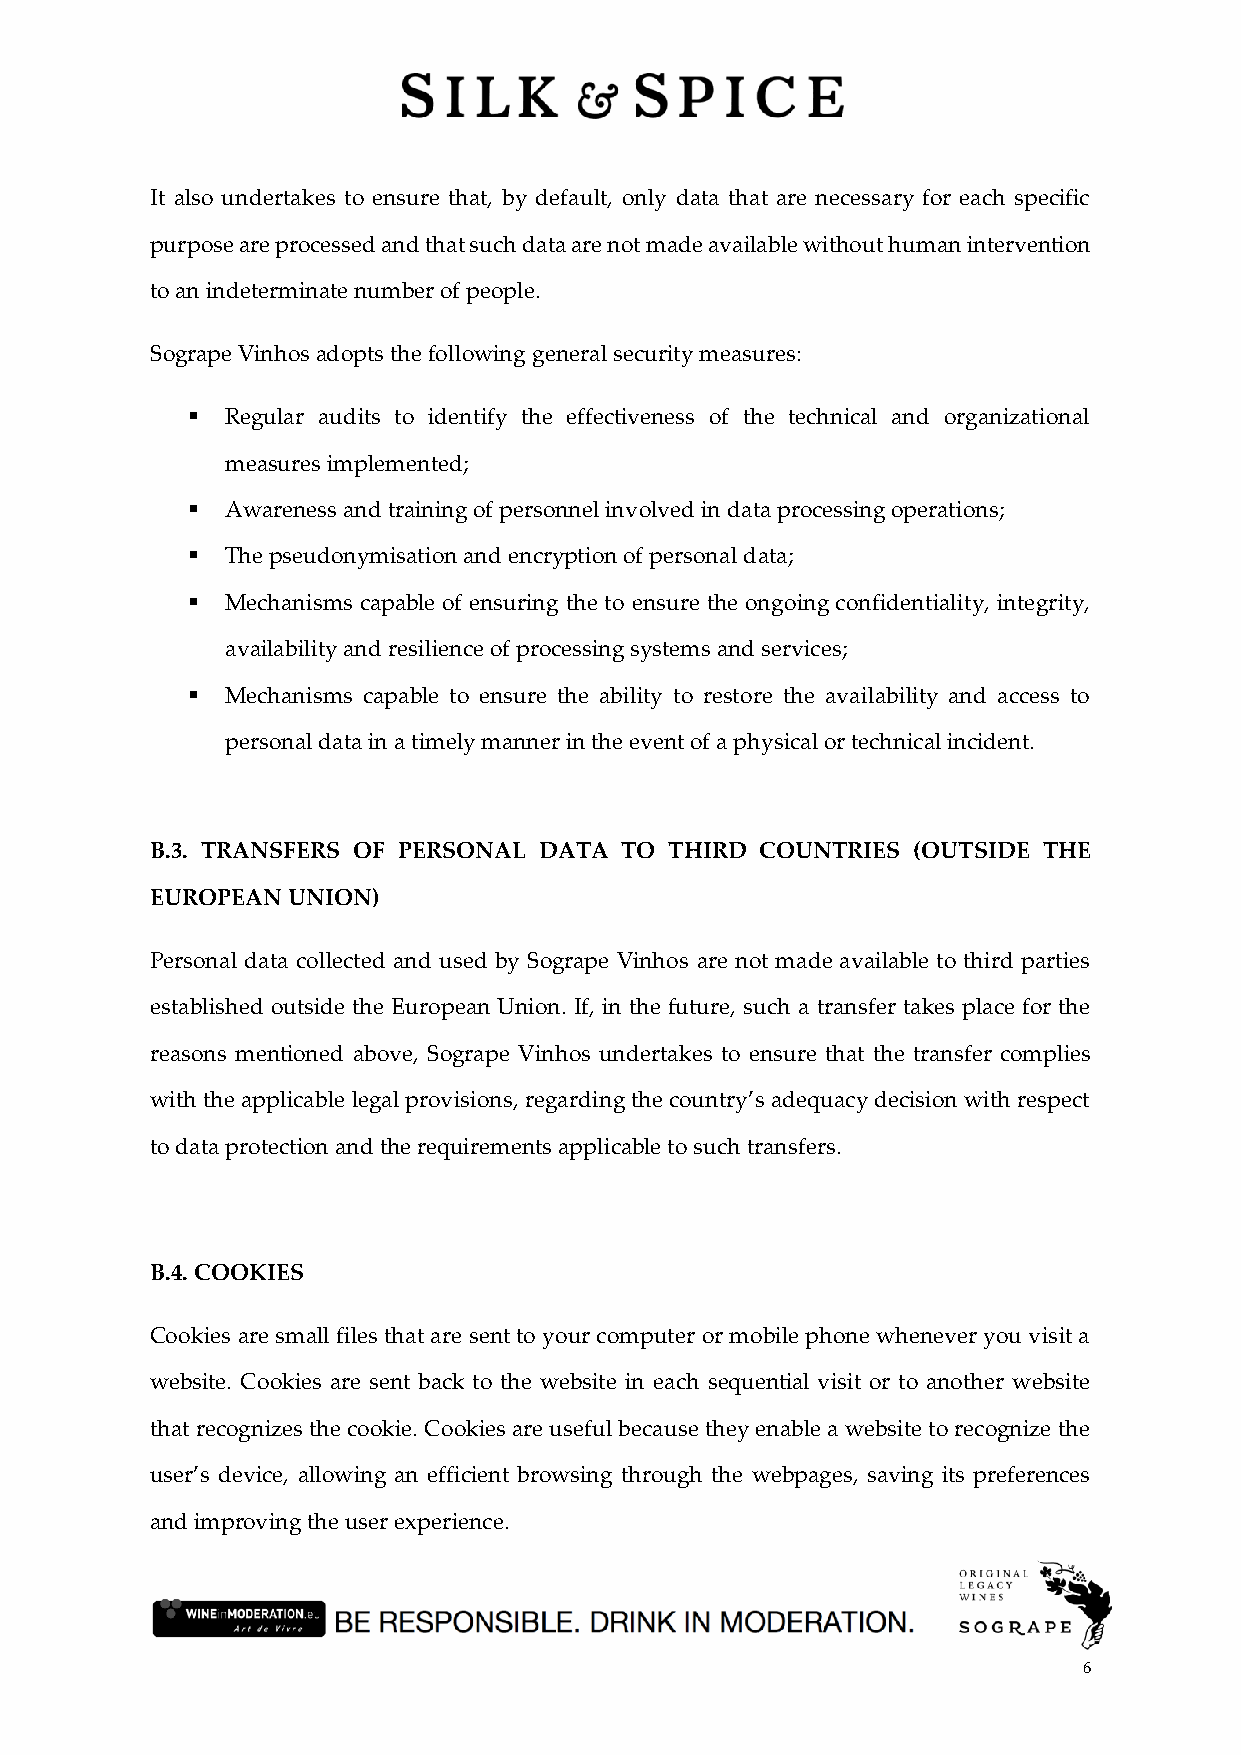
It also undertakes to ensure that, by default, only data that are necessary for each specific
 purpose are processed and that such data are not made available without human intervention
 to an indeterminate number of people.
 Sogrape Vinhos adopts the following general security measures:
 ▪  Regular audits to identify the effectiveness of the technical and organizational
 measures implemented;
 ▪  Awareness and training of personnel involved in data processing operations;
 ▪  The pseudonymisation and encryption of personal data;
 ▪  Mechanisms capable of ensuring the to ensure the ongoing confidentiality, integrity,
 availability and resilience of processing systems and services;
 ▪  Mechanisms capable to ensure the ability to restore the availability and access to
 personal data in a timely manner in the event of a physical or technical incident.
 B.3. TRANSFERS OF PERSONAL DATA TO THIRD COUNTRIES (OUTSIDE THE
 EUROPEAN UNION)
 Personal data collected and used by Sogrape Vinhos are not made available to third parties
 established outside the European Union. If, in the future, such a transfer takes place for the
 reasons mentioned above, Sogrape Vinhos undertakes to ensure that the transfer complies
 with the applicable legal provisions, regarding the country’s adequacy decision with respect
 to data protection and the requirements applicable to such transfers.
 B.4. COOKIES
 Cookies are small files that are sent to your computer or mobile phone whenever you visit a
 website. Cookies are sent back to the website in each sequential visit or to another website
 that recognizes the cookie. Cookies are useful because they enable a website to recognize the
 user’s device, allowing an efficient browsing through the webpages, saving its preferences
 and improving the user experience.
 6